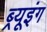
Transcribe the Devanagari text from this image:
ब्र्यूइंग